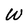
Character: W